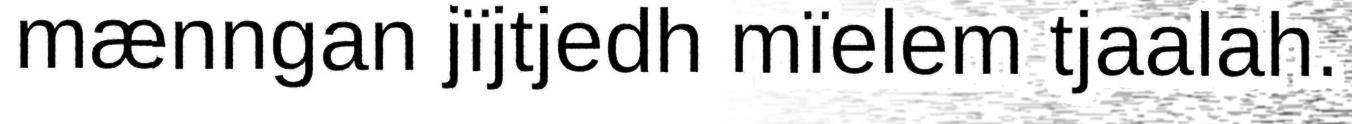
mænngan jïjtjedh mïelem tjaalah.